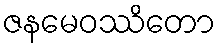
ဇနမေဝဿိတော